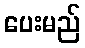
ပေးမည်